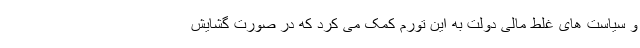
و سیاست های غلط مالی دولت به این تورم کمک می کرد که در صورت گشایش